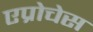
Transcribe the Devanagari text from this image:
एप्रोचेस